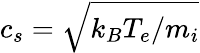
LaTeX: c_{s}=\sqrt{k_{B}T_{e}/m_{i}}